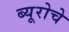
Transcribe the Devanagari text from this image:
ब्यूरोचे